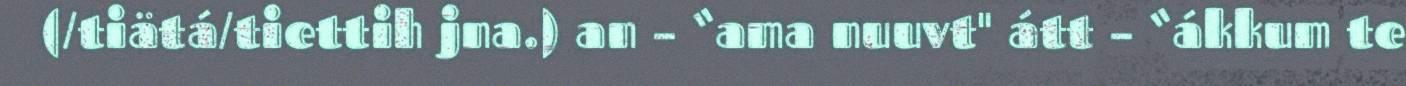
(/tiätá/tiettih jna.) an – “ama nuuvt" átt – “ákkum te